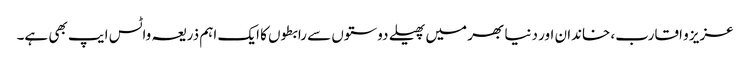
عزیز و اقارب، خاندان اور دنیا بھر میں پھیلے دوستوں سے رابطوں کا ایک اہم ذریعہ واٹس ایپ بھی ہے۔